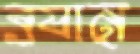
ব্র্যান্